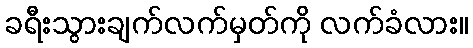
ခရီးသွားချက်လက်မှတ်ကို လက်ခံလား။